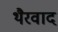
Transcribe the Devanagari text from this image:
थैरवाद